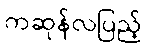
ကဆုန်လပြည့်